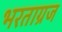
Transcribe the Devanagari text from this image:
भरताग्रज